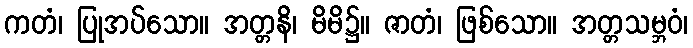
ကတံ၊ ပြုအပ်သော။ အတ္တနိ၊ မိမိ၌။ ဇာတံ၊ ဖြစ်သော။ အတ္တသမ္ဘဝံ၊